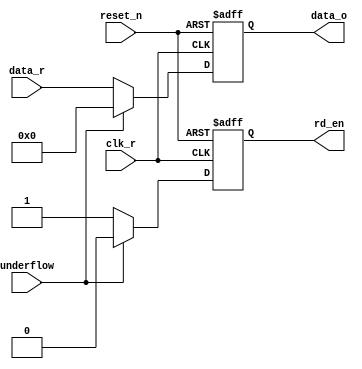
module recv(
    input                   clk_r,
    input                   reset_n,
    input                   underflow,           

    input          [7:0]    data_r,
    output  reg    [7:0]    data_o,
    output  reg             rd_en
);

always@(posedge clk_r or negedge reset_n)begin
    if(!reset_n)begin
        data_o  <= 8'd0;
        rd_en   <= 1'd1;
    end
    else begin
        if(underflow != 1 )begin
            data_o  <=  data_r;
            rd_en   <=  1'd1;
        end
        else begin
            data_o  <=  8'd0;
            rd_en   <=  1'd0;  
        end
    end
end

endmodule